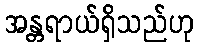
အန္တရာယ်ရှိသည်ဟု